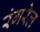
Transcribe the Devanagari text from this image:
रंगरेल